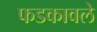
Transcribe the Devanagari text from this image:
फडकावले